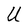
Character: U